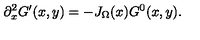
\partial _ { x } ^ { 2 } G ^ { \prime } ( x , y ) = - J _ { \Omega } ( x ) G ^ { 0 } ( x , y ) .